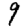
Digit: 9